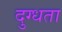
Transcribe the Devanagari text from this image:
दुग्धता